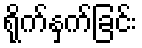
ရိုက်နှက်ခြင်း